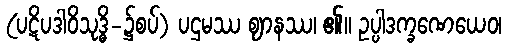
(ပဋိပဒါဝိသုဒ္ဓိ-၌စပ်) ပဌမဿ ဈာနဿ၊ ၏။ ဥပ္ပါဒက္ခဏေယေဝ၊